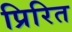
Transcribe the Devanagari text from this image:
प्रिरित